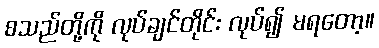
စသည်တို့ကို လုပ်ချင်တိုင်း လုပ်၍ မရတော့။